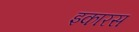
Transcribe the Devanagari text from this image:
इकारस